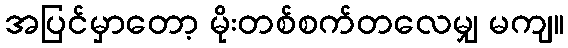
အပြင်မှာတော့ မိုးတစ်စက်တလေမျှ မကျ။